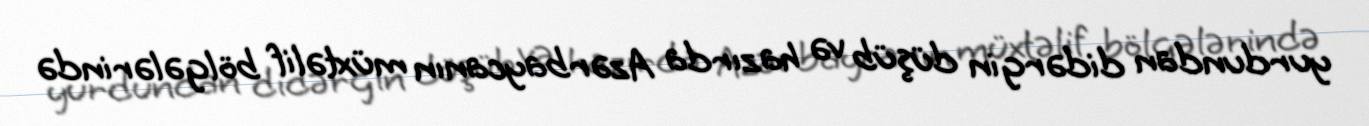
yurdundan didərgin düşüb və hazırda Azərbaycanın müxtəlif bölgələrində